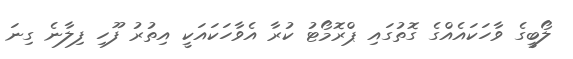
ލޯބީގެ ވާހަކައެއްގެ ގޮތުގައި ޕްރޮމޯޓު ކުރާ އެވާހަކައަކީ އިތުރު ފޫހި ފިލާނެ ގިނަ